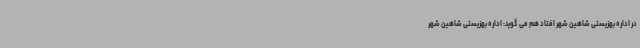
در اداره بهزیستی شاهین شهر افتاد هم می گوید: اداره بهزیستی شاهین شهر